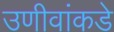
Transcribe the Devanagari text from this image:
उणीवांकडे